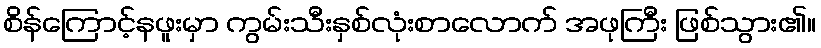
စိန်ကြောင့်နဖူးမှာ ကွမ်းသီးနှစ်လုံးစာလောက် အဖုကြီး ဖြစ်သွား၏။